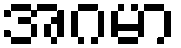
အဂမာ